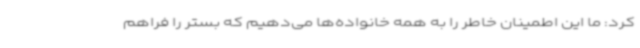
کرد: ما این اطمینان خاطر را به همه خانواده‌ها می‌دهیم که بستر را فراهم